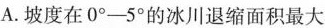
A.坡度在0°-5°的冰川退缩面积最大